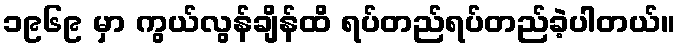
၁၉၆၉ မှာ ကွယ်လွန်ချိန်ထိ ရပ်တည်ရပ်တည်ခဲ့ပါတယ်။